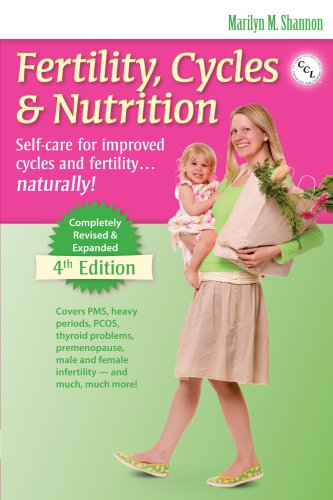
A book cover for Fertility, Cycles & Nutrition 4th Edition; Marilyn M. Shannon; Parenting & Relationships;